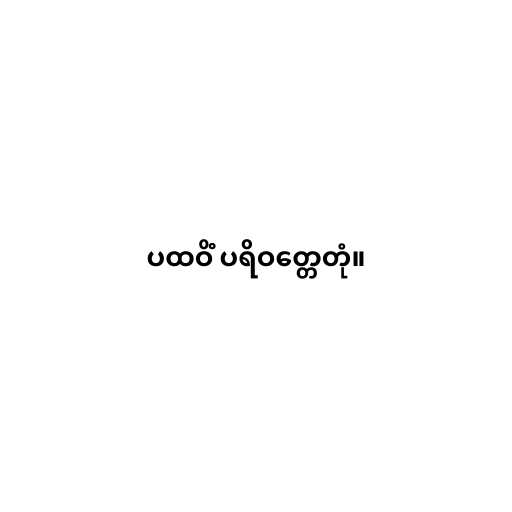
ပထဝိံ ပရိဝတ္တေတုံ။